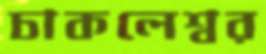
চাকলেশ্বর